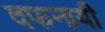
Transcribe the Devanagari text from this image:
दफनायी